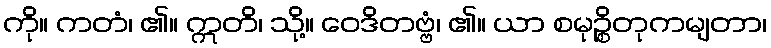
ကို။ ကတံ၊ ၏။ ဣတိ၊ သို့။ ဝေဒိတဗ္ဗံ၊ ၏။ ယာ စမုဉ္စိတုကမျတာ၊